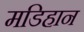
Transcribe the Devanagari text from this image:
मडिहान